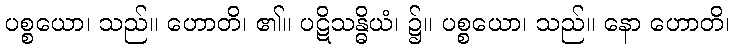
ပစ္စယော၊ သည်။ ဟောတိ၊ ၏။ ပဋိသန္ဓိယံ၊ ၌။ ပစ္စယော၊ သည်။ နော ဟောတိ၊